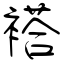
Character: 褡